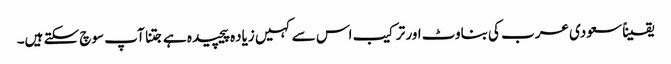
یقیناً سعودی عرب کی بناوٹ اور ترکیب اس سے کہیں زیاده پیچیده ہے جتنا آپ سوچ سکتے ہیں۔